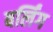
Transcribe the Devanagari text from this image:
बर्लिंग